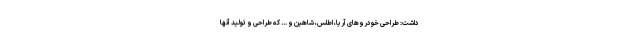
داشت: طراحی خودروهای آریا، اطلس، شاهین و ... که طراحی و تولید آنها